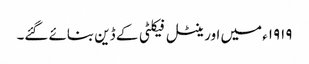
١٩١٩ء میں اورینٹل فیکلٹی کے ڈین بنائے گئے۔